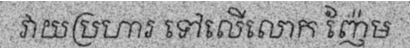
វាយប្រហារ ទៅលើលោក ញ៉ែម